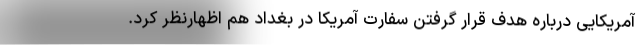
آمریکایی درباره هدف قرار گرفتن سفارت آمریکا در بغداد هم اظهارنظر کرد.